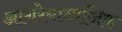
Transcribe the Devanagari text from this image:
आगरेयानाजिक